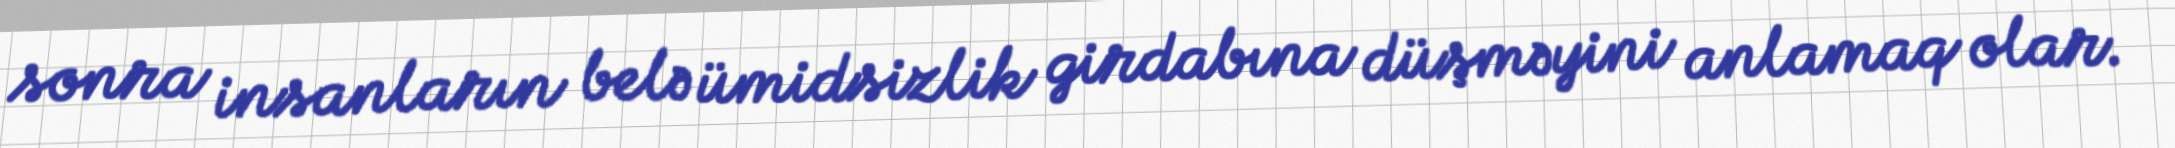
sonra insanların belə ümidsizlik girdabına düşməyini anlamaq olar.